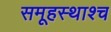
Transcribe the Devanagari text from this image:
समूहस्थाश्च